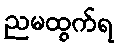
ညမထွက်ရ